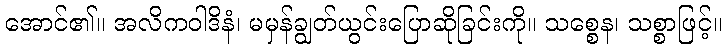
အောင်၏။ အလိကဝါဒိနံ၊ မမှန်ချွတ်ယွင်းပြောဆိုခြင်းကို။ သစ္စေန၊ သစ္စာဖြင့်။